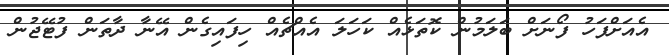
އެއަށްފަހު ފޯނަށް ބަލަމުން ކޮތަޅެއް ކަހަލަ އެއްޗެއް ހިފައިގެން އޭނާ ދާތަން ފުޓޭޖުން